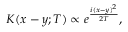
K ( x - y ; T ) \propto e ^ { \frac { i ( x - y ) ^ { 2 } } { 2 T } } ,